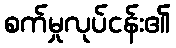
စက်မှုလုပ်ငန်း၏